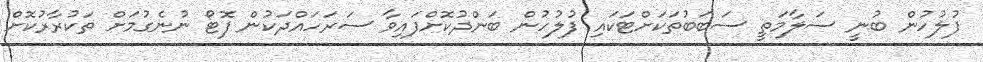
ފުލުހުން ބުނީ ސަލާމަތީ ސަބަބުތަކަށްޓަކައި ފުލުހުން ބަންދުކޮށްފައިވާ ސަރަހައްދަކުން ފޮޓޯ ނުނެގުމަށް ތަކުރާރުކޮށް